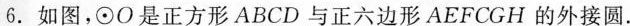
6. 如图，⊙O是正方形ABCD与正六边形AEFCGH的外接圆.